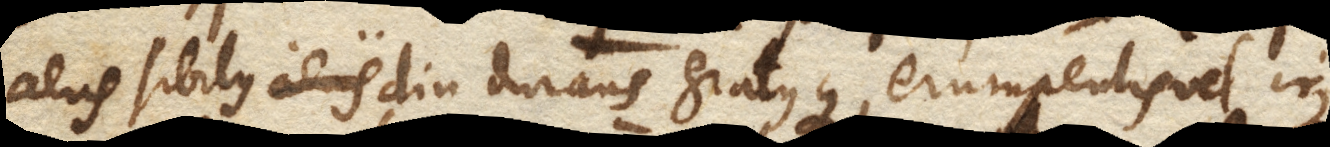
aeris sibilus diu durans gratusque, erumpentis vel ir–